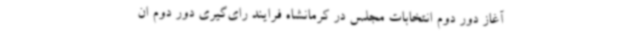
آغاز دور دوم انتخابات مجلس در کرمانشاه فرایند رای‌گیری دور دوم ان